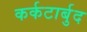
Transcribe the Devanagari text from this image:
कर्कटार्बुद